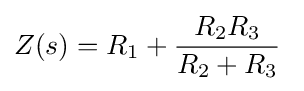
Z(s)=R_{1}+{\frac {R_{2}R_{3}}{R_{2}+R_{3}}}\